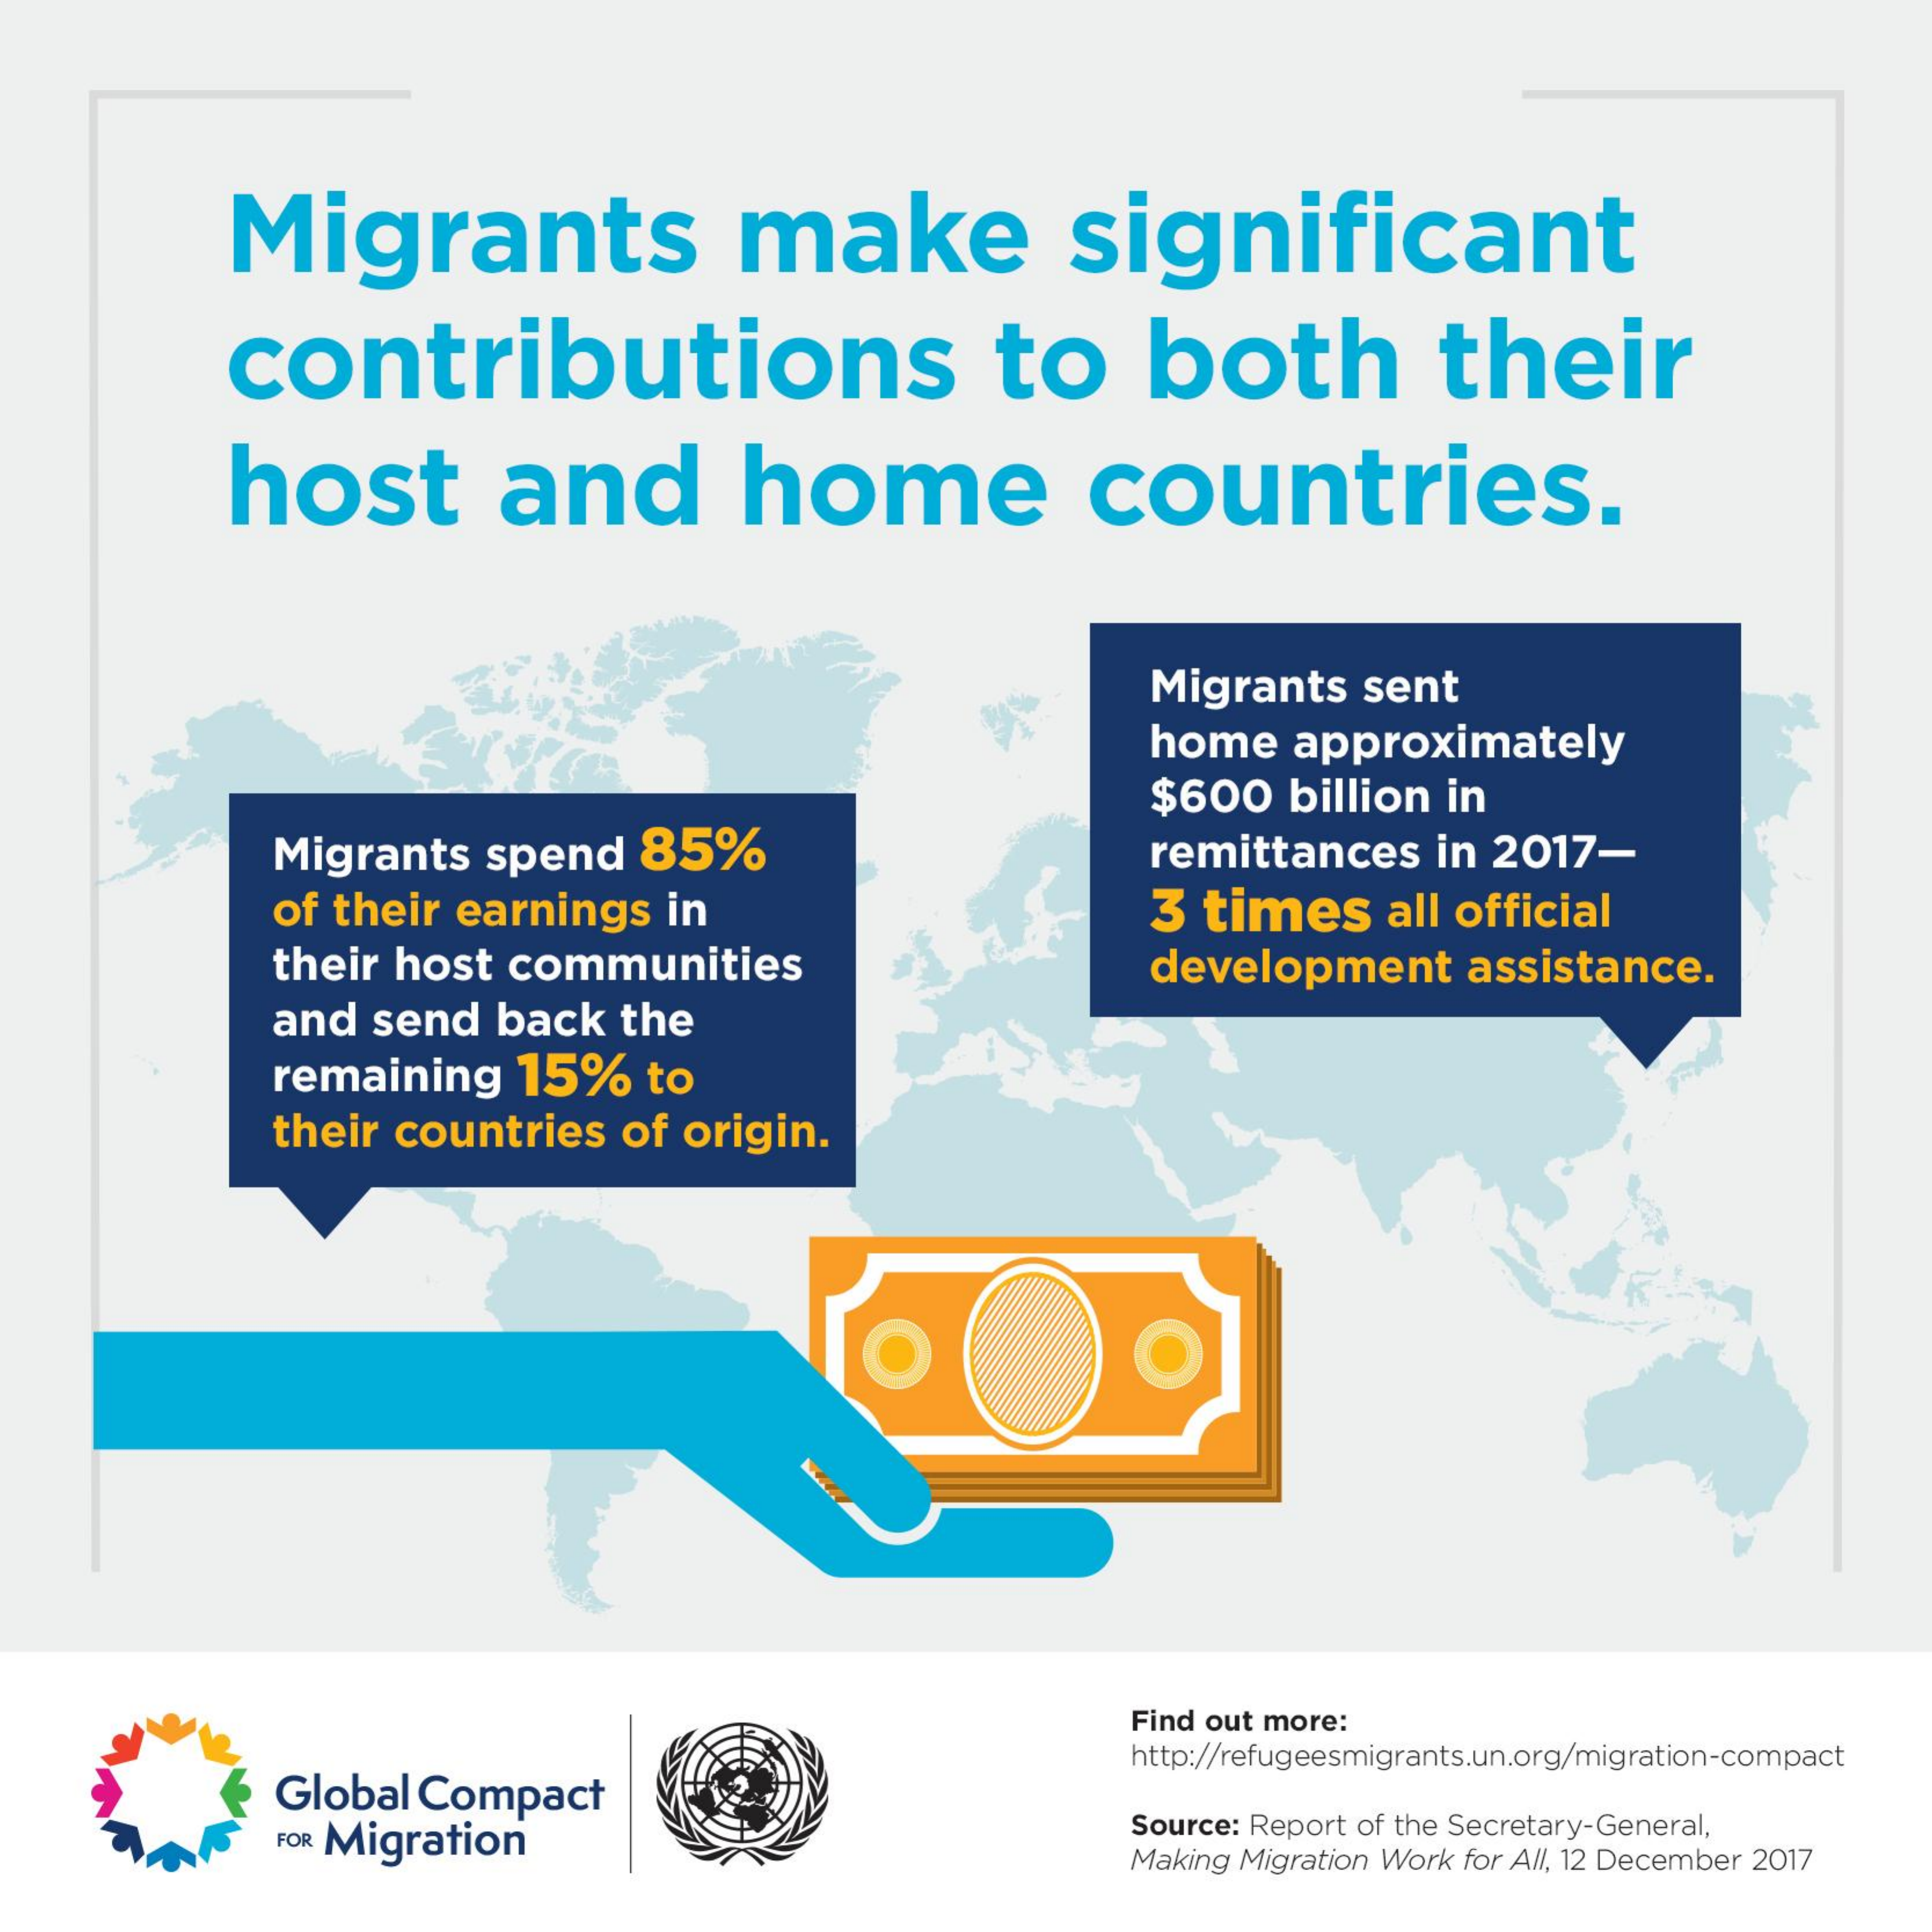
Migrants    make    significant
     contributions    to   both    their
     host    and    home    countries.
     Migrants sent
     home approximately
     $600 billion in
     Migrants spend 85%    remittances in 2017-
     of their earnings in    3 times all official
     their host communities    development assistance.
     and send back the
     remaining 15% to
     their countries of origin.
     O
     Find out more:
     Global Compact
     http://refugeesmigrants.un.org/migration-compact
     FOR Migration    Source: Report of the Secretary-General,
     Making Migration Work for All, 12 December 2017